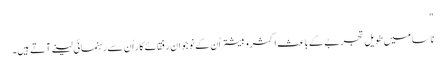
"
ناسا میں طویل تجربے کے باعث اکثروبیشتر اُن کے نوجوان رفقائے کار اُن سے رہنمائی لینے آتے ہیں۔